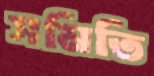
সমিতি